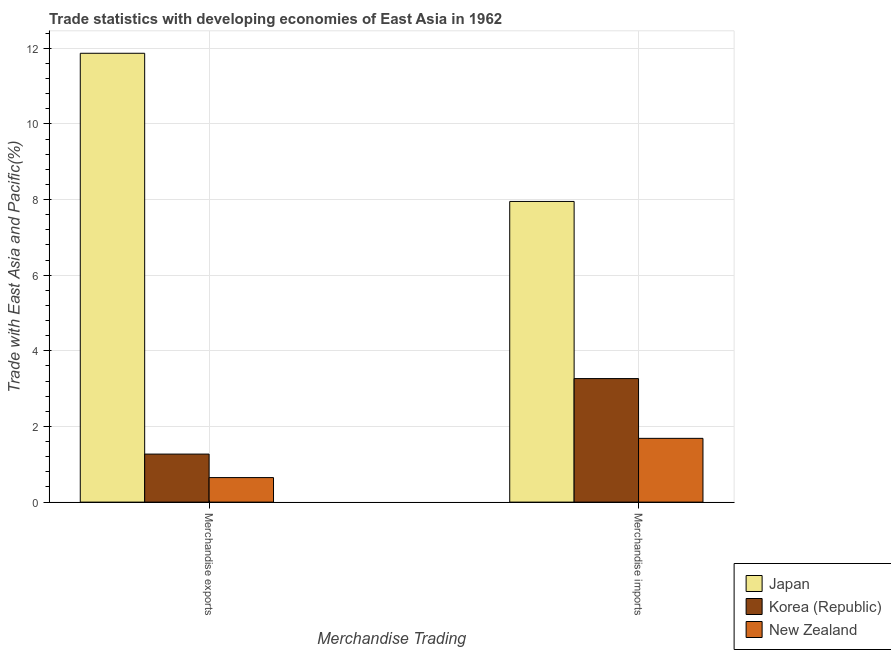
| Merchandise Trading | Japan | Korea (Republic) | New Zealand |
 | --- | --- | --- | --- |
 | Merchandise exports | 11.9 | 1.27 | 0.649 |
 | Merchandise imports | 7.95 | 3.27 | 1.69 |